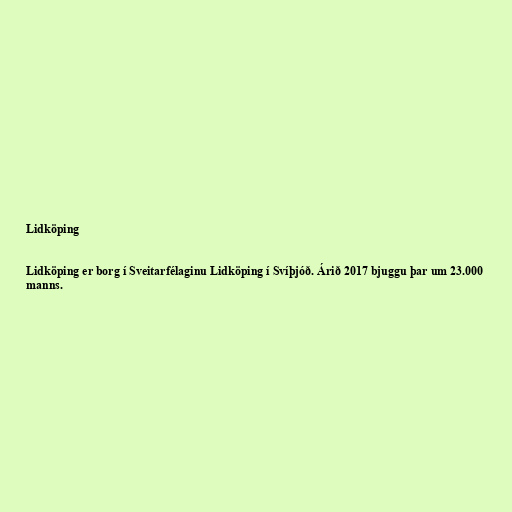
Lidköping

Lidköping er borg í Sveitarfélaginu Lidköping í Svíþjóð. Árið 2017 bjuggu þar um 23.000
manns.